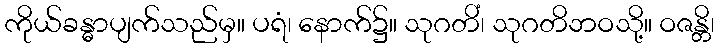
ကိုယ်ခန္ဓာပျက်သည်မှ။ ပရံ၊ နောက်၌။ သုဂတိံ၊ သုဂတိဘဝသို့။ ဝဇန္တိ၊